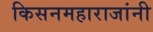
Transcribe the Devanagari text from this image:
किसनमहाराजांनी